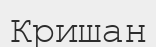
Кришан